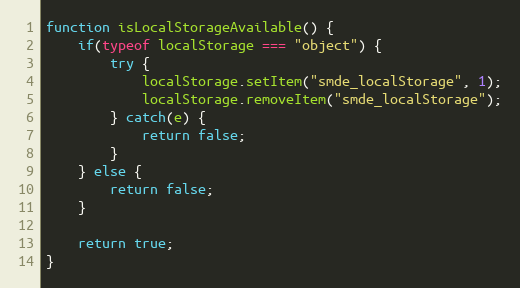
Language: JavaScript
function isLocalStorageAvailable() {
	if(typeof localStorage === "object") {
		try {
			localStorage.setItem("smde_localStorage", 1);
			localStorage.removeItem("smde_localStorage");
		} catch(e) {
			return false;
		}
	} else {
		return false;
	}

	return true;
}